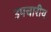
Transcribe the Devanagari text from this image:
उपचारीय